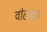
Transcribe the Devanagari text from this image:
वोलॉरी